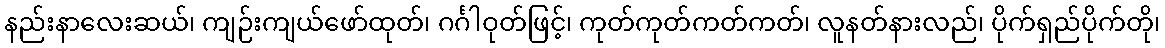
နည်းနာလေးဆယ်၊ ကျဉ်းကျယ်ဖော်ထုတ်၊ ဂင်္ဂါဝုတ်ဖြင့်၊ ကုတ်ကုတ်ကတ်ကတ်၊ လူနတ်နားလည်၊ ပိုက်ရှည်ပိုက်တို၊